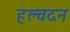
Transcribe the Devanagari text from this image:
हल्वदन